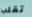
تقلب